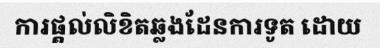
ការផ្តល់លិខិតឆ្លងដែនការទូត ដោយ